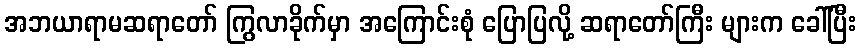
အဘယာရာမဆရာတော် ကြွလာခိုက်မှာ အကြောင်းစုံ ပြောပြလို့ ဆရာတော်ကြီး များက ခေါ်ပြီး